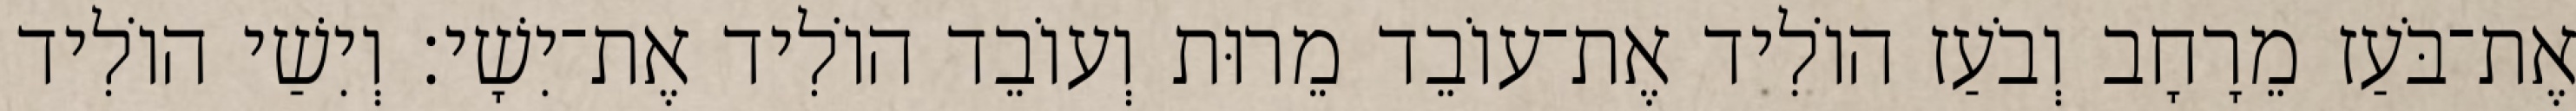
אֶת־בֹּעַז מֵרָחָב וְבֹעַז הוֹלִיד אֶת־עוֹבֵד מֵרוּת וְעוֹבֵד הוֹלִיד אֶת־יִשָׁי׃ וְיִשַׁי הוֹלִיד